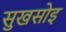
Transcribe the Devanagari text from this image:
सुखसोइ